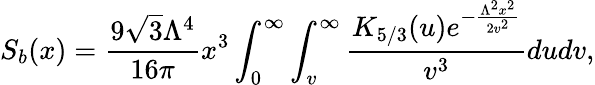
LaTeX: S_{b}(x)=\frac{9\sqrt{3}\Lambda^{4}}{16\pi}x^{3}\int_{0}^{\infty}\int_{v}^{\infty}\frac{K_{5/3}(u)e^{-\frac{\Lambda^{2}x^{2}}{2v^{2}}}}{v^{3}}dudv,